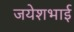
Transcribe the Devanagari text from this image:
जयेशभाई